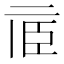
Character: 𠄱